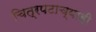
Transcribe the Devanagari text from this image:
चित्रपटाच्याही